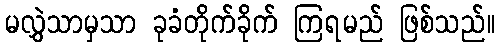
မလွှဲသာမှသာ ခုခံတိုက်ခိုက် ကြရမည် ဖြစ်သည်။